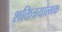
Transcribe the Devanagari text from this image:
शक्तित्रयात्मक